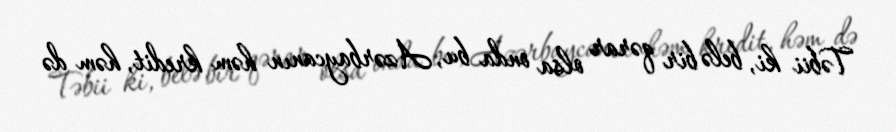
Təbii ki, belə bir qərar olsa onda bu, Azərbaycanın həm kredit, həm də